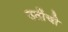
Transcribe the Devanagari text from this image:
उतींची